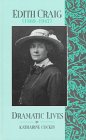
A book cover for Edith Craig (1869-1947): A Dramatic Life (Dramatic Lives); Katherine Cockin; Gay & Lesbian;